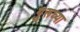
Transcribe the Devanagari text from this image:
गु्रूच्या